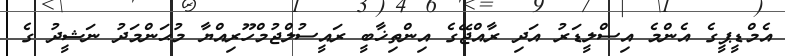
އެމްޑީޕީގެ އެންމެ އިސްލީޑަރު އަދި ރާއްޖޭގެ އިންތިޚާބީ ރައީސުލްޖުމްހޫރިއްޔާ މުޙަންމަދު ނަޝީދު ގެ